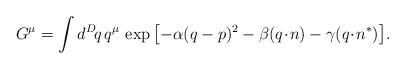
LaTeX: \begin{align*}G^\mu = \int d^D\! q\, q^\mu \,\exp{\left[-\alpha (q-p)^2-\beta (q\!\cdot\! n)-\gamma (q\!\cdot\! n^*)\right]} .\end{align*}